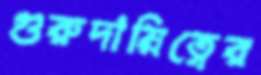
গুরুদায়িত্বের